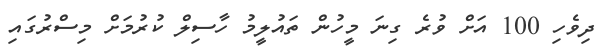
ދިވެހި 100 އަށް ވުރެ ގިނަ މީހުން ތައުލީމު ހާސިލް ކުރުމަށް މިސްރުގައި